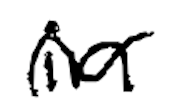
Text: in
Cross-out: mix
Writing tool: digital_black